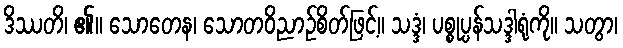
ဒိဿတိ၊ ၏။ သောတေန၊ သောတဝိညာဉ်စိတ်ဖြင့်။ သဒ္ဒံ၊ ပစ္စုပ္ပန်သဒ္ဒါရုံကို။ သတွာ၊